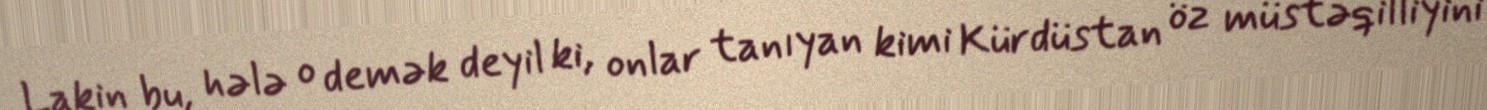
Lakin bu, hələ o demək deyil ki, onlar tanıyan kimi Kürdüstan öz müstəqilliyini